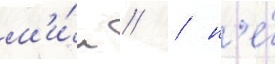
м'и́н // / н'е́